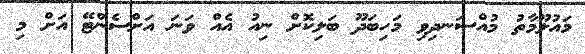
މައުލޫމާތު މުއްސަނދިވި މަހިބަދޫ ބަލިކޮށް ނިއު އެއް ވަނަ އަށްސެންޓޭ އަށް މި